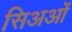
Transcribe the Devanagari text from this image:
सिअओं